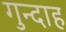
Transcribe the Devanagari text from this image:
गुन्दाह